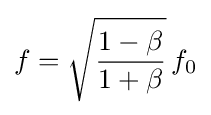
f={\sqrt {\frac {1-\beta }{1+\beta }}}\,f_{0}